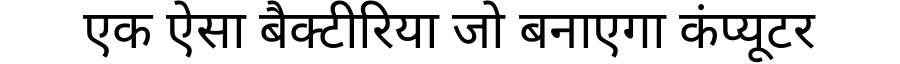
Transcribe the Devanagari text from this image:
एक ऐसा बैक्टीरिया जो बनाएगा कंप्यूटर